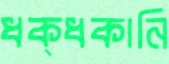
ধক্‌ধকানি